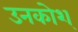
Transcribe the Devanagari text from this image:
उनकोश्